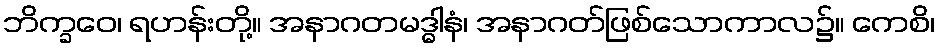
ဘိက္ခဝေ၊ ရဟန်းတို့။ အနာဂတမဒ္ဓါနံ၊ အနာဂတ်ဖြစ်သောကာလ၌။ ကေစိ၊